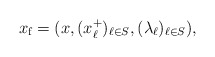
\begin{align*}x_{\textup{f}}=(x,(x_{\ell}^+)_{\ell\in S}, (\lambda_{\ell})_{\ell\in S}),\end{align*}